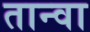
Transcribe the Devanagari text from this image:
तान्वा